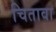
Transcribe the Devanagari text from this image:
चितावा